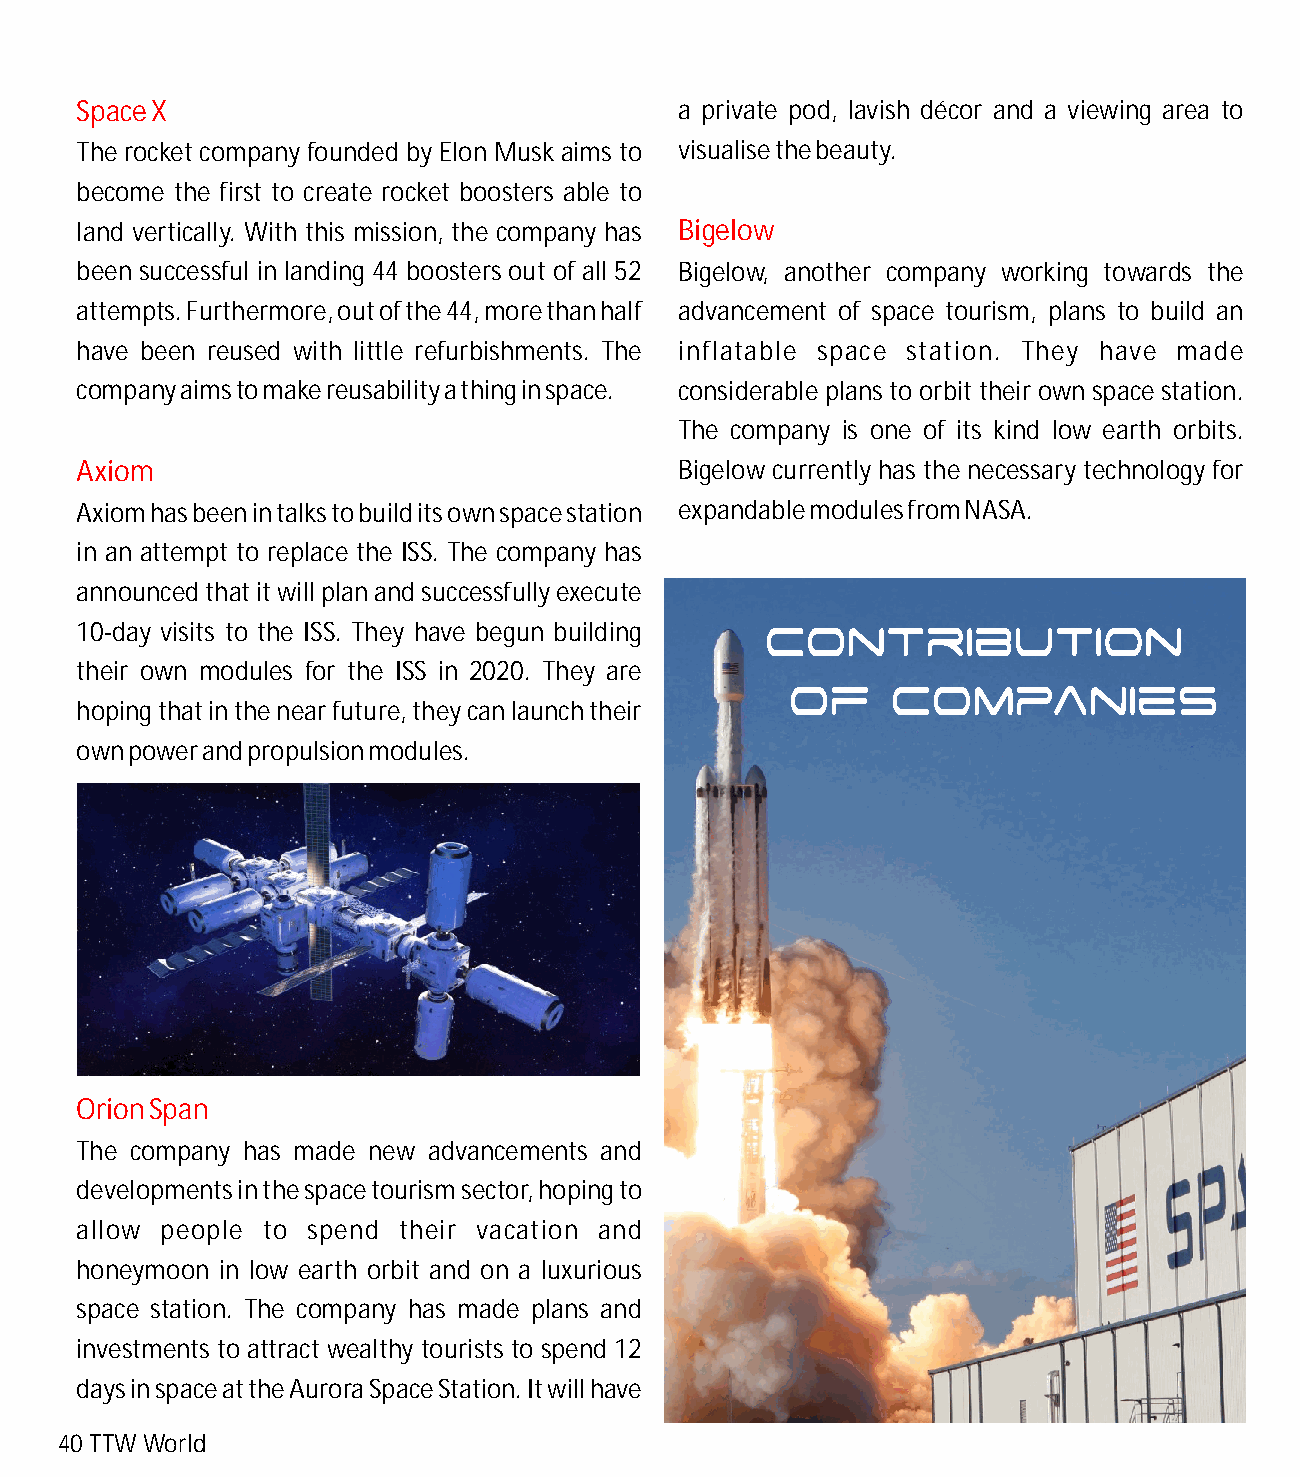
Space X                                 a private pod, lavish décor and a viewing area to
 The rocket company founded by Elon Musk aims to visualise the beauty.
 become the first to create rocket boosters able to
 land vertically. With this mission, the company has Bigelow
 been successful in landing 44 boosters out of all 52 Bigelow, another company working towards the
 attempts. Furthermore, out of the 44, more than half advancement of space tourism, plans to build an
 have been reused with little refurbishments. The inflatable space station. They have made
 company aims to make reusability a thing in space. considerable plans to orbit their own space station.
 The company is one of its kind low earth orbits.
 Axiom                                   Bigelow currently has the necessary technology for
 Axiom has been in talks to build its own space station expandable modules from NASA.
 in an attempt to replace the ISS. The company has
 announced that it will plan and successfully execute
 10-day visits to the ISS. They have begun building
 their own modules for the ISS in 2020. They are
 hoping that in the near future, they can launch their
 own power and propulsion modules.
 Orion Span
 The company has made new advancements and
 developments in the space tourism sector, hoping to
 allow people to spend their vacation and
 honeymoon in low earth orbit and on a luxurious
 space station. The company has made plans and
 investments to attract wealthy tourists to spend 12
 days in space at the Aurora Space Station. It will have
 40 TTW World